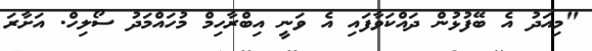
"މިއަދު އެ ބޭފުޅުން ދައްކަވާފައި އެ ވަނީ އިބްރާހިމް މުހައްމަދު ސޯލިހް. އަށާރަ